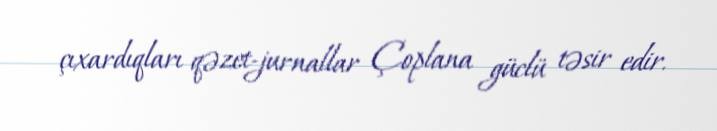
çıxardıqları qəzet-jurnallar Çoplana güclü təsir edir.